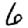
Digit: 6